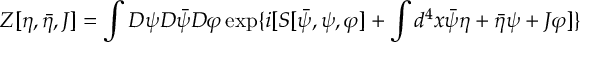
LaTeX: Z [ \eta , \bar { \eta } , J ] = \int { \cal D } \psi { \cal D } \bar { \psi } { \cal D } \varphi \exp \{ i [ S [ \bar { \psi } , \psi , \varphi ] + \int d ^ { 4 } x \bar { \psi } \eta + \bar { \eta } \psi + J \varphi ] \}